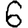
Digit: 6